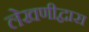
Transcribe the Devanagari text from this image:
लेखणीद्वारा